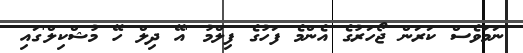
ނަމަވެސް ކަރަން ޖޯހަރުގެ އެންމެ ފަހުގެ ފިލްމު 'އޭ ދިލް ހޭ މުޝްކިލް'ގައި